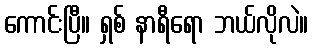
ကောင်းပြီ။ ရှစ် နာရီရော ဘယ်လိုလဲ။